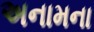
અનામના